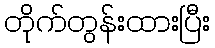
တိုက်တွန်းထားပြီး